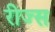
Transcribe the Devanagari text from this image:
रीज्स